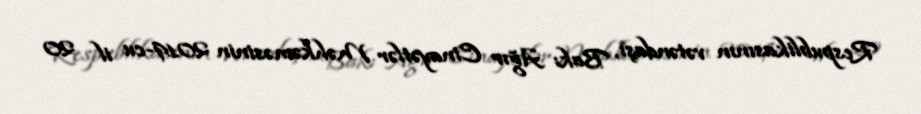
Respublikasının vətəndaşı, Bakı Ağır Cinayətlər Məhkəməsinin 2019-cu il 20